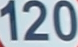
120